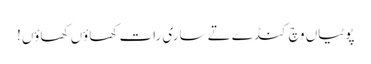
پوٹیاں وچ کنڈے تے ساری رات کھاؤں کھاؤں!